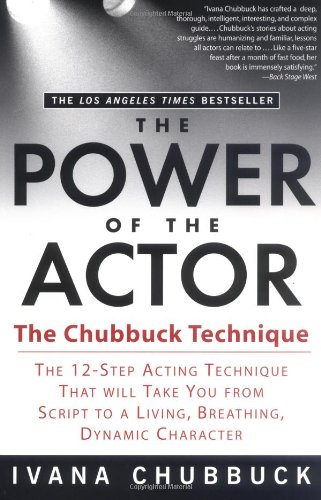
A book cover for The Power of the Actor; Ivana Chubbuck; Humor & Entertainment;